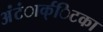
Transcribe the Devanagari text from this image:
अंंटंार्क्िटका